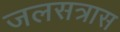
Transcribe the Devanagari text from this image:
जलसत्रास